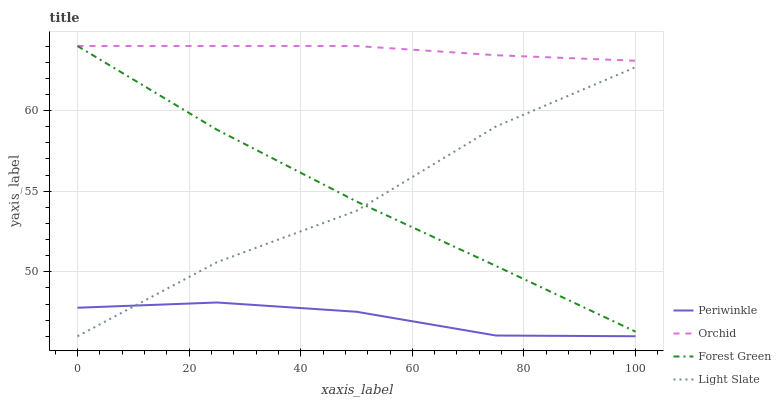
| xaxis_label | Periwinkle | Orchid | Forest Green | Light Slate |
 | --- | --- | --- | --- | --- |
 | 0 | 47.8 | 64 | 64 | 46 |
 | 25 | 48.1 | 64 | 58.8 | 50.6 |
 | 50 | 47.5 | 64 | 54.4 | 53.8 |
 | 75 | 46 | 63.4 | 50.4 | 59 |
 | 100 | 46 | 63.1 | 46.3 | 62.7 |